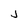
Character: j